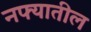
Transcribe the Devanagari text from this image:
नफ्यातील